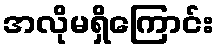
အလိုမရှိကြောင်း